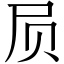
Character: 屃